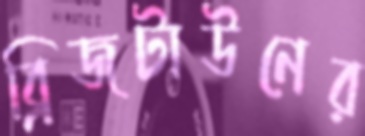
ব্রিজটাউনের